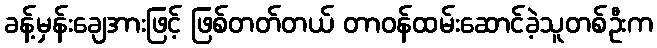
ခန့်မှန်းချေအားဖြင့် ဖြစ်တတ်တယ် တာဝန်ထမ်းဆောင်ခဲ့သူတစ်ဦးက